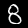
Label: 8